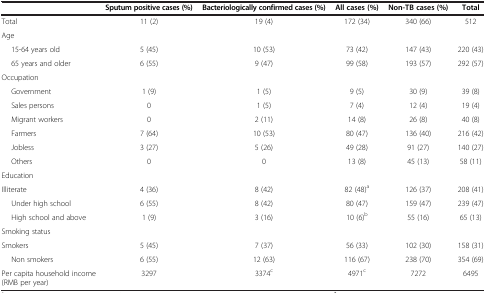
<table><thead><tr><td><b> </b></td><td><b>Sputum positive cases (%)</b></td><td><b>Bacteriologically confirmed cases (%)</b></td><td><b>All cases (%)</b></td><td><b>Non-TB cases (%)</b></td><td><b>Total</b></td></tr></thead><tbody><tr><td>Total</td><td>11 (2)</td><td>19 (4)</td><td>172 (34)</td><td>340 (66)</td><td>512</td></tr><tr><td>Age</td><td> </td><td> </td><td> </td><td> </td><td> </td></tr><tr><td>15-64 years old</td><td>5 (45)</td><td>10 (53)</td><td>73 (42)</td><td>147 (43)</td><td>220 (43)</td></tr><tr><td>65 years and older</td><td>6 (55)</td><td>9 (47)</td><td>99 (58)</td><td>193 (57)</td><td>292 (57)</td></tr><tr><td>Occupation</td><td> </td><td> </td><td> </td><td> </td><td> </td></tr><tr><td>Government</td><td>1 (9)</td><td>1 (5)</td><td>9 (5)</td><td>30 (9)</td><td>39 (8)</td></tr><tr><td>Sales persons</td><td>0</td><td>1 (5)</td><td>7 (4)</td><td>12 (4)</td><td>19 (4)</td></tr><tr><td>Migrant workers</td><td>0</td><td>2 (11)</td><td>14 (8)</td><td>26 (8)</td><td>40 (8)</td></tr><tr><td>Farmers</td><td>7 (64)</td><td>10 (53)</td><td>80 (47)</td><td>136 (40)</td><td>216 (42)</td></tr><tr><td>Jobless</td><td>3 (27)</td><td>5 (26)</td><td>49 (28)</td><td>91 (27)</td><td>140 (27)</td></tr><tr><td>Others</td><td>0</td><td>0</td><td>13 (8)</td><td>45 (13)</td><td>58 (11)</td></tr><tr><td>Education</td><td> </td><td> </td><td> </td><td> </td><td> </td></tr><tr><td>Illiterate</td><td>4 (36)</td><td>8 (42)</td><td>82 (48)<sup>a</sup></td><td>126 (37)</td><td>208 (41)</td></tr><tr><td>Under high school</td><td>6 (55)</td><td>8 (42)</td><td>80 (47)</td><td>159 (47)</td><td>239 (47)</td></tr><tr><td>High school and above</td><td>1 (9)</td><td>3 (16)</td><td>10 (6)<sup>b</sup></td><td>55 (16)</td><td>65 (13)</td></tr><tr><td>Smoking status</td><td> </td><td> </td><td> </td><td> </td><td> </td></tr><tr><td>Smokers</td><td>5 (45)</td><td>7 (37)</td><td>56 (33)</td><td>102 (30)</td><td>158 (31)</td></tr><tr><td>Non smokers</td><td>6 (55)</td><td>12 (63)</td><td>116 (67)</td><td>238 (70)</td><td>354 (69)</td></tr><tr><td>Per capita household income (RMB per year)</td><td>3297</td><td>3374<sup>c</sup></td><td>4971<sup>c</sup></td><td>7272</td><td>6495</td></tr></tbody></table>